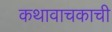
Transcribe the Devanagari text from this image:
कथावाचकाची